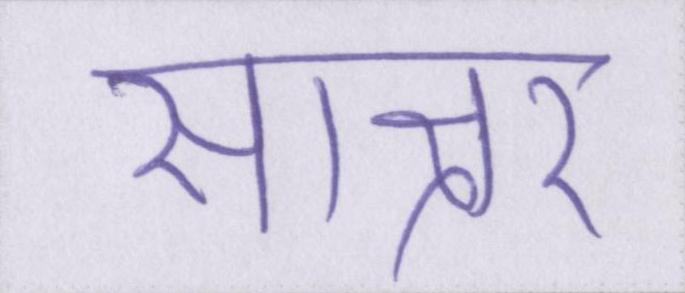
साक्षर